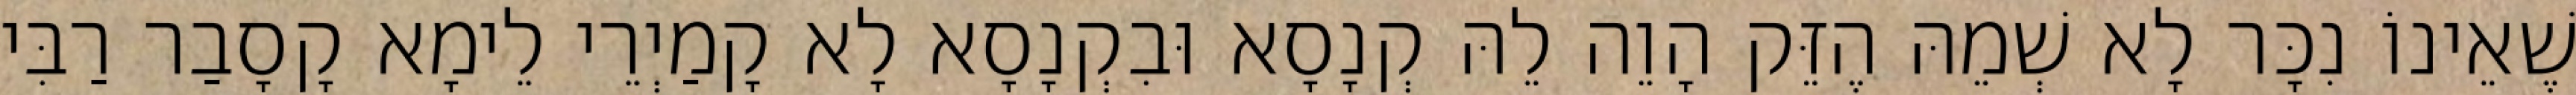
שֶׁאֵינוֹ נִכָּר לָא שְׁמֵהּ הֶזֵּק הָוֵה לֵהּ קְנָסָא וּבִקְנָסָא לָא קָמַיְרֵי לֵימָא קָסָבַר רַבִּי